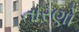
તારણો